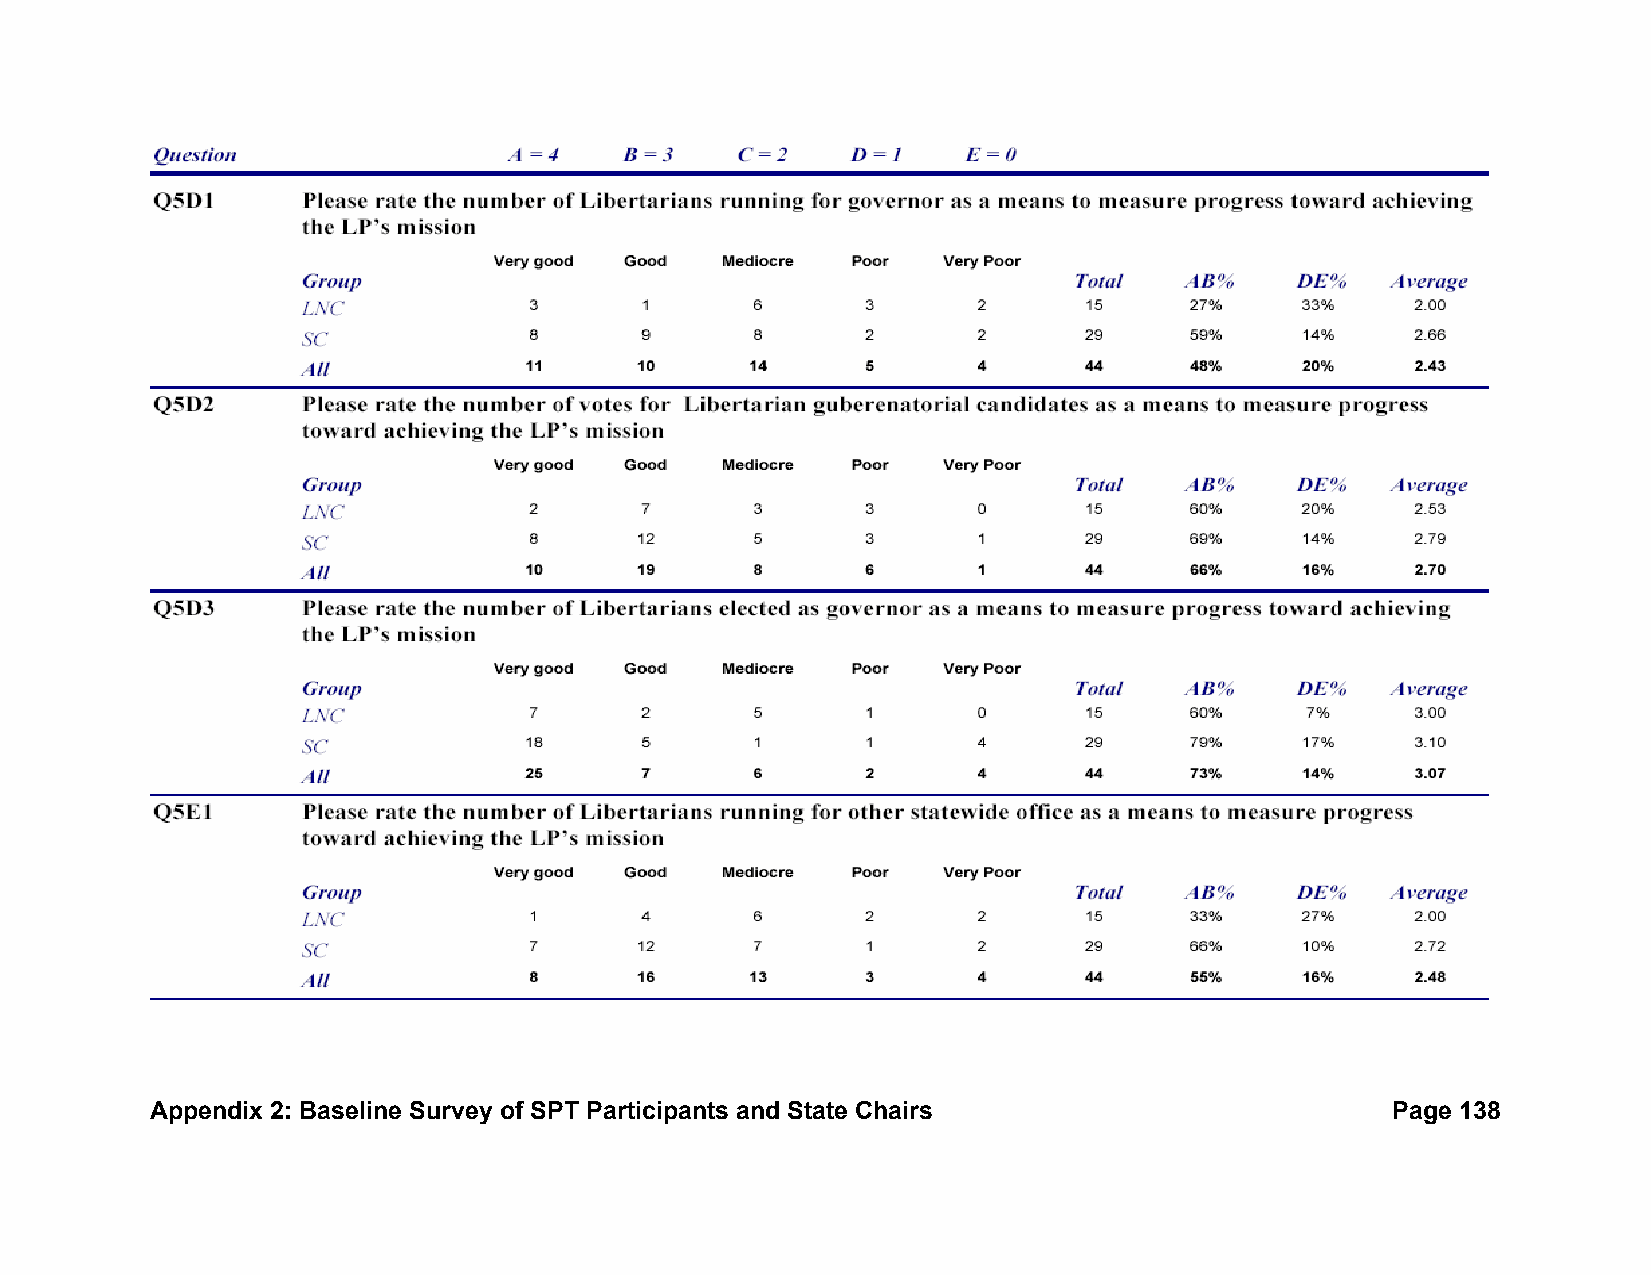
Appendix 2: Baseline Survey of SPT Participants and State Chairs                  Page 138